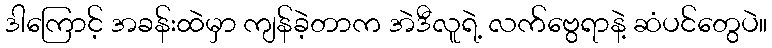
ဒါကြောင့် အခန်းထဲမှာ ကျန်ခဲ့တာက အဲဒီလူရဲ့ လက်ဗွေရာနဲ့ ဆံပင်တွေပဲ။